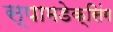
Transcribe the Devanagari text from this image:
स्पामडेक्सिंग